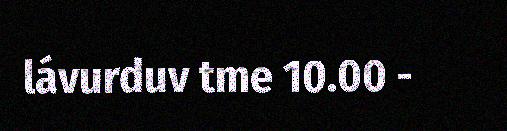
lávurduv tme 10.00 -